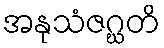
အနုသံဇဂ္ဃတိ